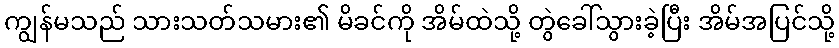
ကျွန်မသည် သားသတ်သမား၏ မိခင်ကို အိမ်ထဲသို့ တွဲခေါ်သွားခဲ့ပြီး အိမ်အပြင်သို့